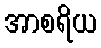
အာစရိယ